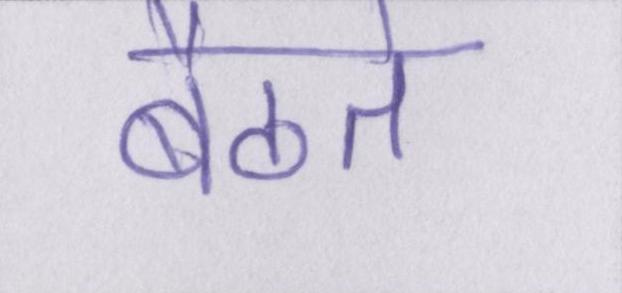
बैठते